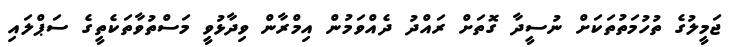
ޖަމީލުގެ ތުހުމަތުތަކަށް ނުސީދާ ގޮތަށް ރައްދު ދެއްވަމުން އިމްރާން ވިދާޅުވީ މަސްތުވާތަކެތީގެ ސަޕްލައި